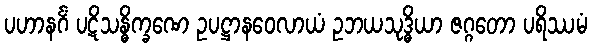
ပဟာနင်္ဂံ ပဋိသန္ဓိက္ခဏေ ဥပဋ္ဌာနဝေလာယံ ဥဘယသုဒ္ဓိယာ ဇဂ္ဂတော ပရိဿမံ